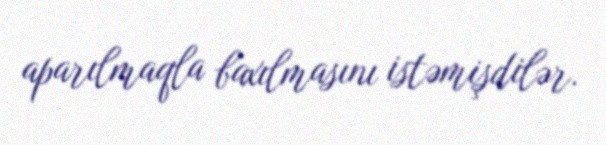
aparılmaqla baxılmasını istəmişdilər.